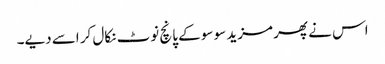
اس نے پھر مزید سو سو کے پانچ نوٹ نکال کر اسے دیے۔